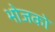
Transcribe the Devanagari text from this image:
भोजको